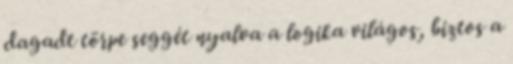
dagadt törpe seggét nyalva a logika világos, biztos a